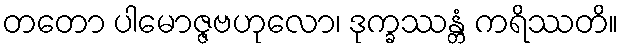
တတော ပါမောဇ္ဇဗဟုလော၊ ဒုက္ခဿန္တံ ကရိဿတိ။